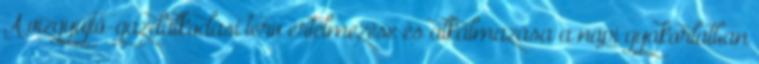
A vízgyűjtő-gazdálkodási terv értelmezése és alkalmazása a napi gyakorlatban